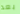
بعد